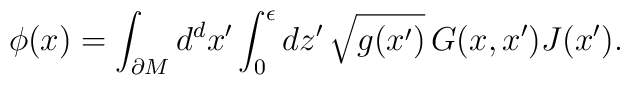
\phi(x) = \int_{\partial M} d^{d}x^\prime \int_0^\epsilon dz^\prime\, \sqrt{g(x^\prime)} \, G(x,x^\prime) J(x^\prime).